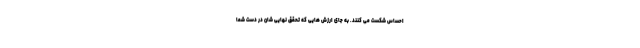
احساس شکست می کنند. به جای ارزش هایی که تحقق نهایی شان در دست شما